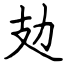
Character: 攰